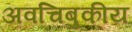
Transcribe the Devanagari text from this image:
अवचिबुकीय